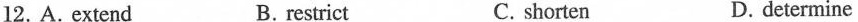
12. A. extend B. restrict C. shorten D. determine